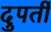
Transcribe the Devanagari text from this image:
दुपर्ती